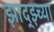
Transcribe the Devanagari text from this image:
झाद्झ्च्या